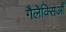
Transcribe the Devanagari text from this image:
गैलेक्सिआँ